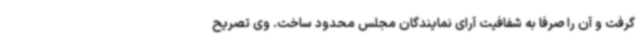
گرفت و آن را صرفا به شفافیت آرای نمایندگان مجلس محدود ساخت. وی تصریح